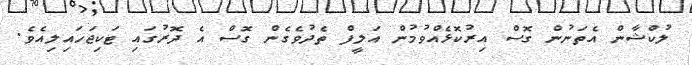
ލުކްޝާން އެތަނުން ގޮސް އިރުކޮޅެއްވުމުން އަލީފް ތެދުވެގެން ގޮސް އެ ދޮރުގައި ޓަކިޖަހައިލިއެވެ.